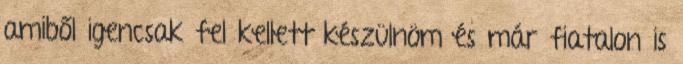
amiből igencsak fel kellett készülnöm és már fiatalon is